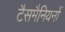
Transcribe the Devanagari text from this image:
टैसमैनियनों